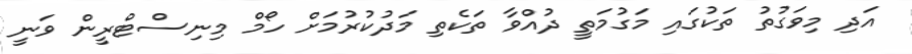
އަދި މިވަގުތު ތަކުގައި މަގުމަތީ ދުއްވާ ތަކެތި މަދުކުރުމަށް ހޯމް މިނިސްޓްރީން ވަނީ